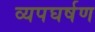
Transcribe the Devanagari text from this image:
व्यपघर्षण